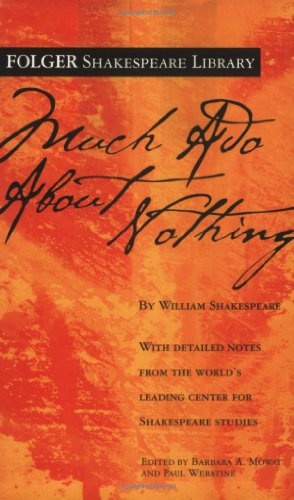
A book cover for Much Ado About Nothing (Folger Shakespeare Library); William Shakespeare; Literature & Fiction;